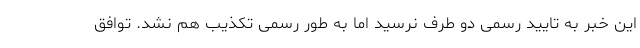
این خبر به تایید رسمی دو طرف نرسید اما به طور رسمی تکذیب هم نشد. توافق